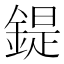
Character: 鍉